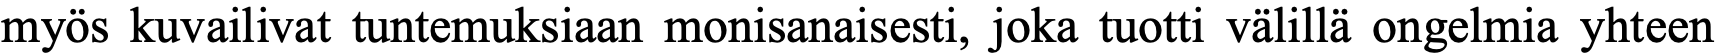
myös kuvailivat tuntemuksiaan monisanaisesti, joka tuotti välillä ongelmia yhteen